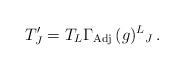
LaTeX: \begin{align*}T^{\prime}_{J} = T_{L}\Gamma_{\rm Adj}\,(g)^{L}{}_{J} \, .\end{align*}